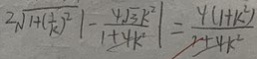
2 \sqrt { 1 + ( \frac { 1 } { k } ) ^ { 2 } } \vert - \frac { - 4 \sqrt { 3 } k ^ { 2 } } { 1 + 4 k ^ { 2 } } \vert = \frac { 4 ( 1 + k ^ { 2 } ) } { 1 + 4 k ^ { 2 } }